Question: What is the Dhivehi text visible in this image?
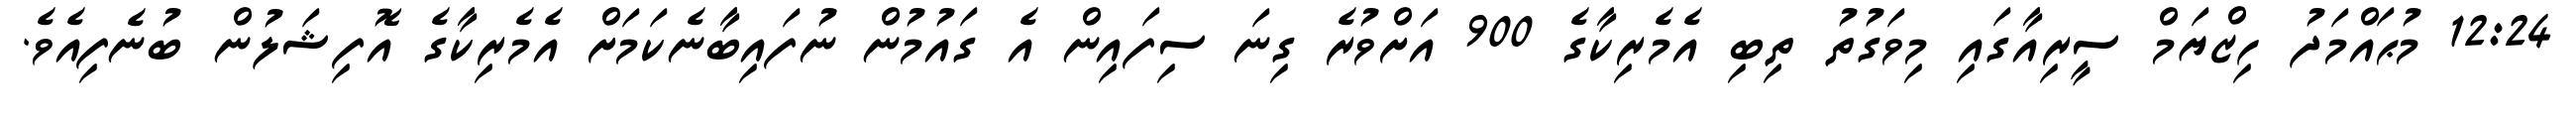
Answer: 12:24 މުޙައްމަދު ހިޒްޔަމް ސީރިއާގައި މިވަގުތު ތިބި އެމެރިކާގެ 900 އަށްވުރެ ގިނަ ސިފައިން އެ ގައުމުން ނުފައިބާނެކަމަށް އެމެރިކާގެ އޮފިޝަލުން ބުނެފިއެވެ.